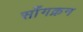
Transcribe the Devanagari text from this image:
साँगक्रन